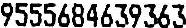
9555684639363